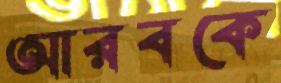
আরবকে